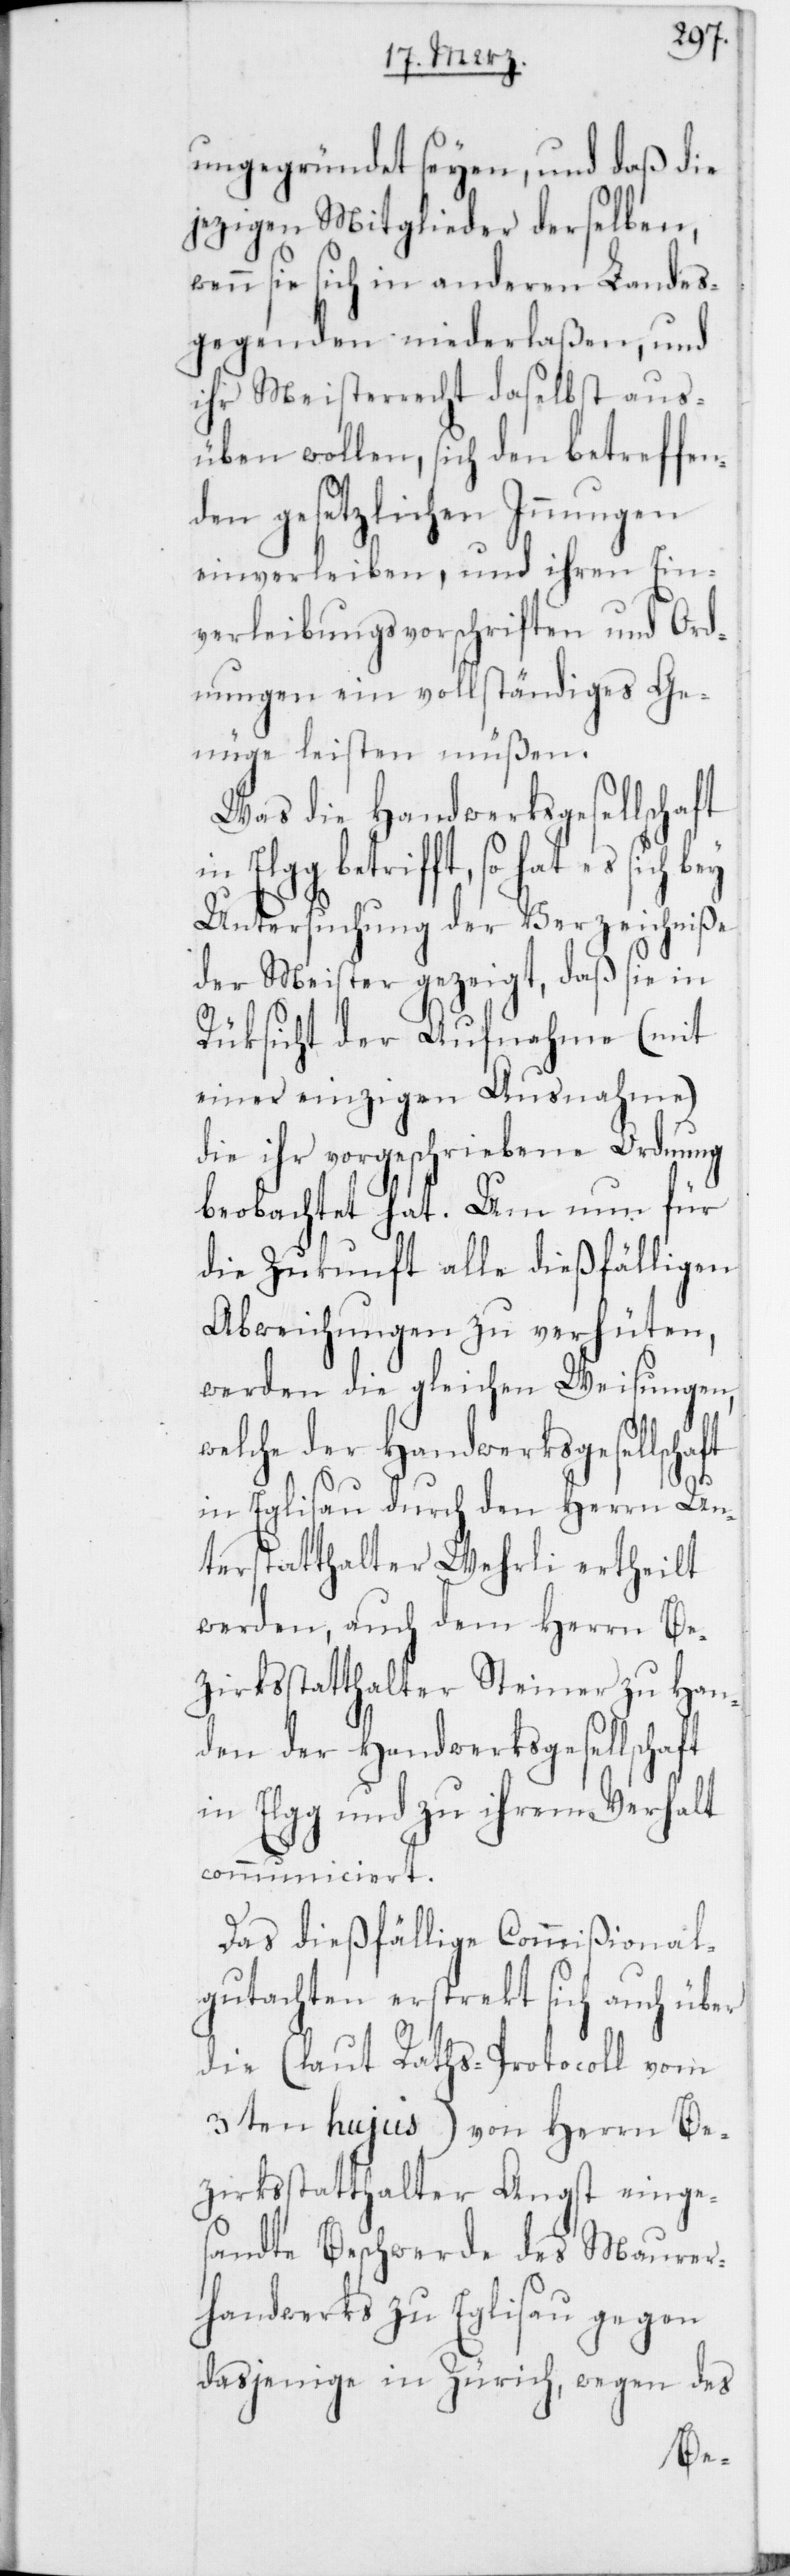
ungegründet seyen, und daß die
jezigen Mitglieder derselben,
wenn sie sich in anderen Landes¬
gegenden niederlaßen, und
ihr Meisterrecht daselbst aus¬
üben wollen, sich den betreffen¬
den gesetzlichen Innungen
einverleiben, und ihren Ein¬
verleibungsvorschriften und Ord¬
nungen ein vollständiges Ge¬
nüge leisten müßen.
Was die Handwerksgesellschaft
betrifft, so hat es sich
Untersuchung der Verzeichniße
der Meister gezeigt, daß sie in
Rüksicht der Aufnahme (mit
einer einzigen Ausnahme)
die ihr vorgeschriebene Ordnung
beobachtet hat. Um nun für
die Zukonft alle dießfälligen
Abweichungen zu verhüten,
werden die gleichen Weisungen,
welche der Handwerksgesellscha¬
in Eglisau durch den Herrn Un¬
terstatthalter Wehrli ertheilt
werden, auch dem Herrn Be¬
zirksstatthalter Steiner zu Han¬
den der Handwerksgesellschaft
in Elgg und zu ihrem Verhalt
communiciert.
Das dießfällige Commißional¬
gutachten erstrekt sich auch über
die (laut Raths-Protocoll vom
3ten hujus) von Herrn Be¬
zirksstatthalter Angst einges¬
andte Beschwerde des Maurer¬
handwerks zu Eglisau gegen
dasjenige in Zürich, wegen des
ft